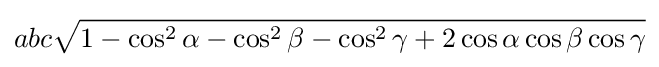
abc{\sqrt {1-\cos ^{2}\alpha -\cos ^{2}\beta -\cos ^{2}\gamma +2\cos \alpha \cos \beta \cos \gamma }}